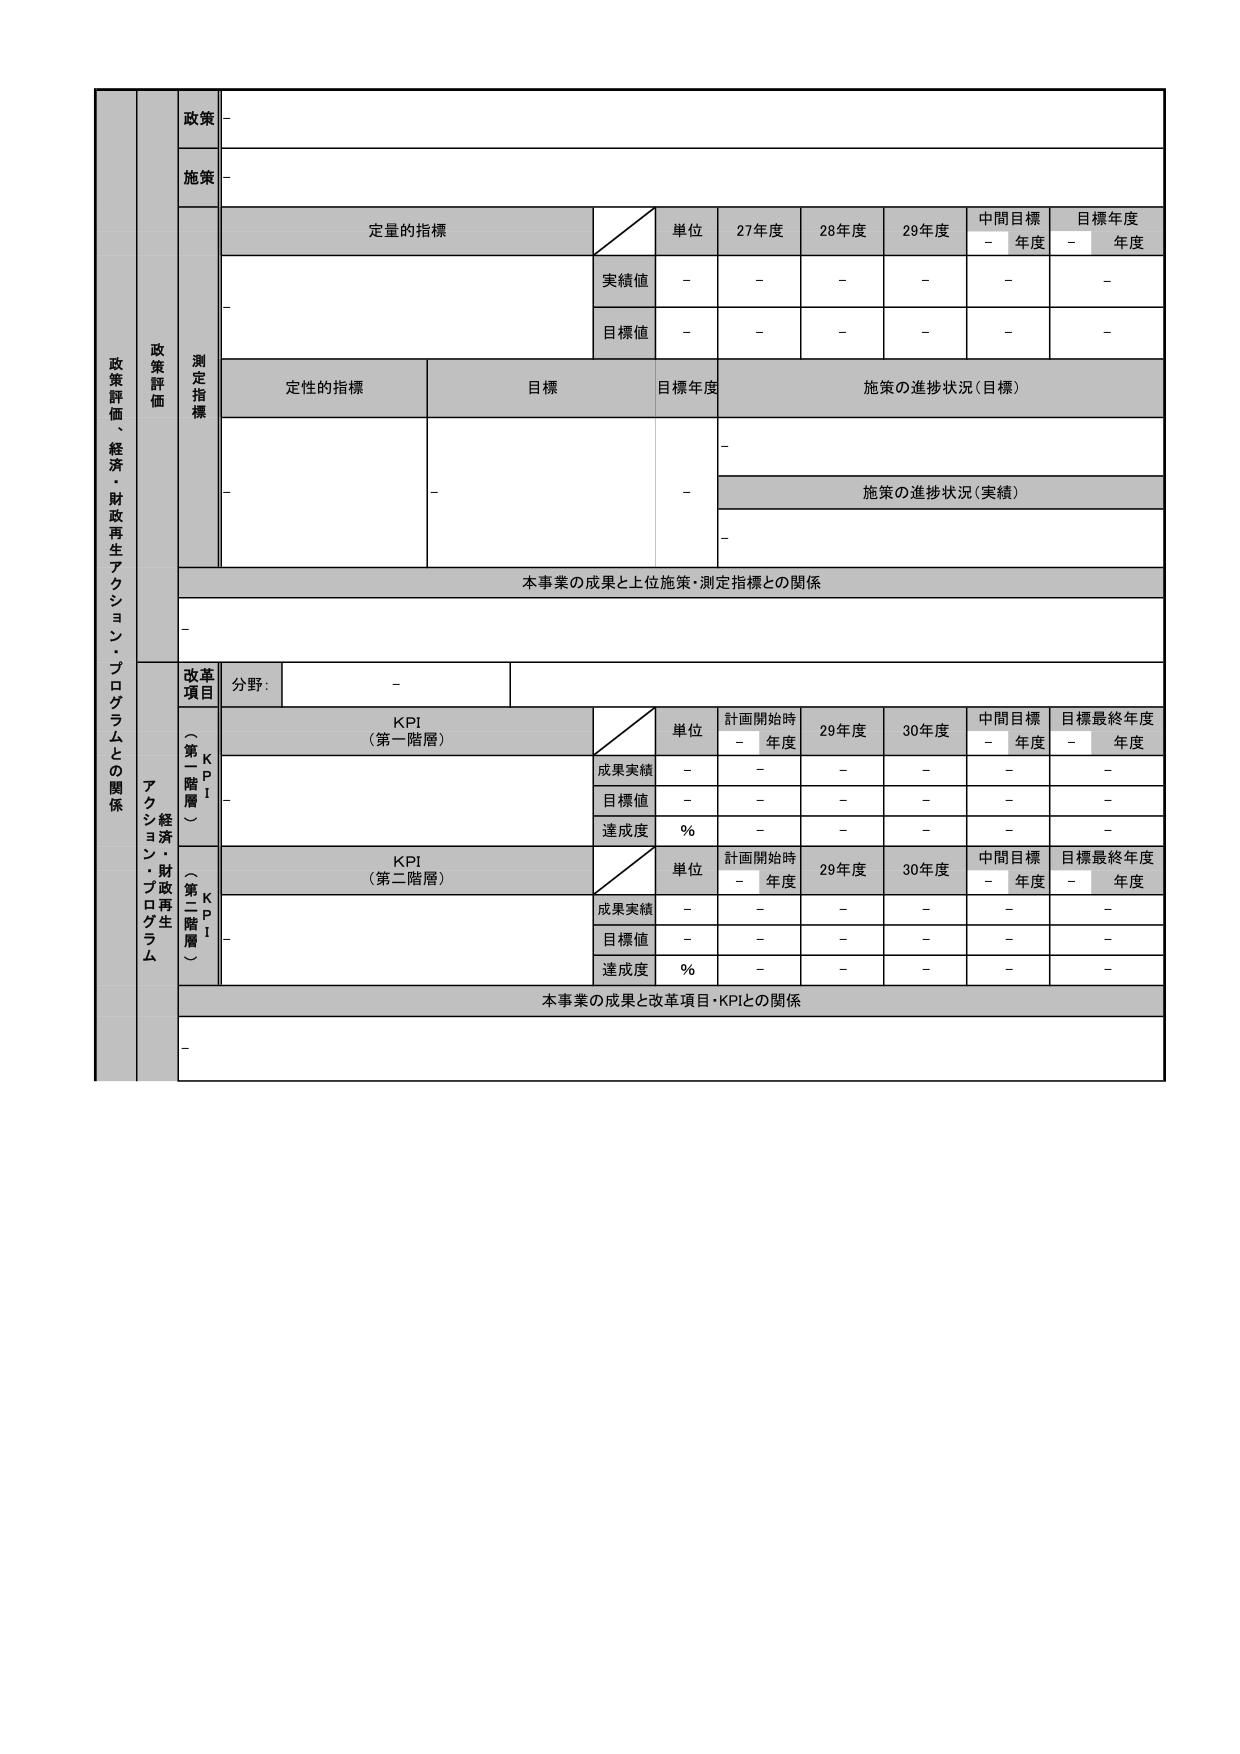
政策評価、経済・財政再生アクション・プログラムとの関係

政策
-
施策
-
測定指標
定量的指標
単位
27年度
28年度
29年度
中間目標 - 年度
目標年度 - 年度
実績値
-
-
-
-
-
-
目標値
-
-
-
-
-
-
定性的指標
目標
目標年度
施策の進捗状況（目標）
-
-
-
施策の進捗状況（実績）
-
本事業の成果と上位施策・測定指標との関係
-
改革項目
分野：
-
KPI（第一階層）
単位
計画開始時 - 年度
29年度
30年度
中間目標 - 年度
目標最終年度 - 年度
成果実績
-
-
-
-
-
-
目標値
-
-
-
-
-
-
達成度
%
-
-
-
-
-
KPI（第二階層）
単位
計画開始時 - 年度
29年度
30年度
中間目標 - 年度
目標最終年度 - 年度
成果実績
-
-
-
-
-
-
目標値
-
-
-
-
-
-
達成度
%
-
-
-
-
-
本事業の成果と改革項目・KPIとの関係
-